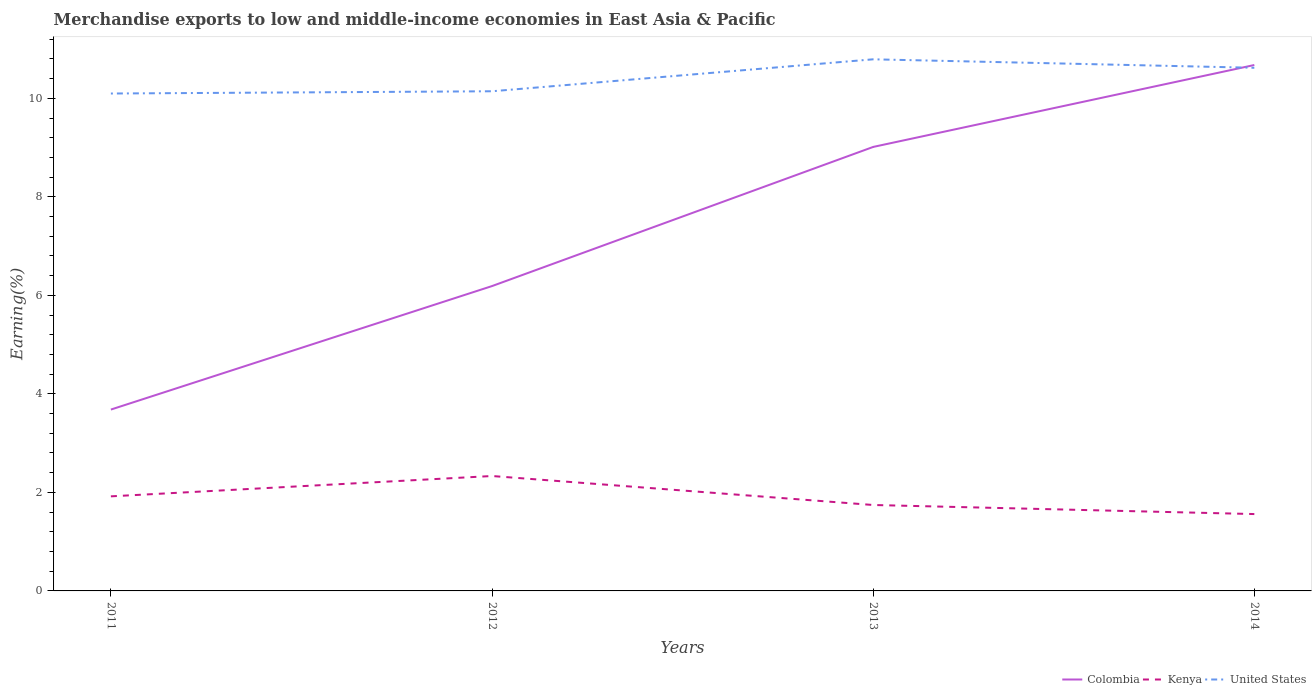
| Years | Colombia | Kenya | United States |
 | --- | --- | --- | --- |
 | 2011 | 3.68 | 1.92 | 10.1 |
 | 2012 | 6.19 | 2.33 | 10.1 |
 | 2013 | 9.01 | 1.74 | 10.8 |
 | 2014 | 10.7 | 1.56 | 10.6 |